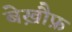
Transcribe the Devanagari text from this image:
बेख़ौफ़